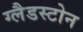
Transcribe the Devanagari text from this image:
ग्‍लैडस्‍टोन